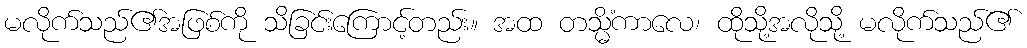
မလိုက်သည်၏အဖြစ်ကို သိခြင်းကြောင့်တည်း။ အထ တသ္မိံကာလေ၊ ထိုသို့အလိုသို့ မလိုက်သည်၏